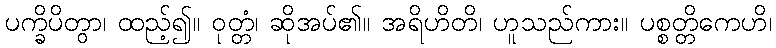
ပက္ခိပိတွာ၊ ထည့်၍။ ဝုတ္တံ၊ ဆိုအပ်၏။ အရိဟိတိ၊ ဟူသည်ကား။ ပစ္စတ္တိကေဟိ၊